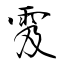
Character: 雭